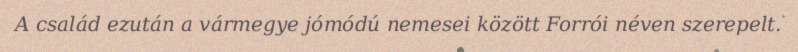
A család ezután a vármegye jómódú nemesei között Forrói néven szerepelt.